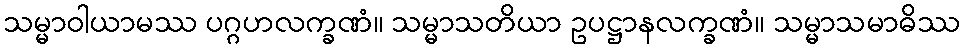
သမ္မာဝါယာမဿ ပဂ္ဂဟလက္ခဏံ။ သမ္မာသတိယာ ဥပဋ္ဌာနလက္ခဏံ။ သမ္မာသမာဓိဿ